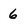
Character: 6